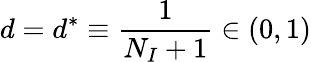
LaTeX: d=d^{*}\equiv\frac{1}{N_{I}+1}\in(0,1)